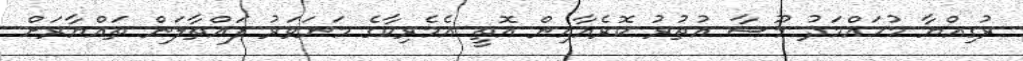
ރުގިއްޔާ މުހައްމަދު މޫސާ އުތުރު ކޮރެއާއިން އޮތީ އެމެރިކާގެ މަނަވަރު ފައްތާލަން ތައްޔާރަށް